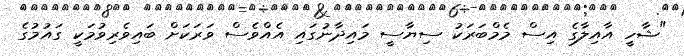
"ޝާހީ އާއިލާގެ އިސް މެމްބަރަކު ސިޔާސީ މައިދާނުގައި އެއްވެސް ވަރަކަށް ބައިވެރިވުމަކީ ގައުމުގެ